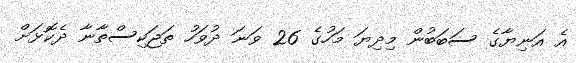
އެ އަނިޔާގެ ސަބަބުން މިދިޔަ މަހުގެ 26 ވަނަ ދުވަހު ތަޖަކިސްތާނާ ދެކޮޅަށް